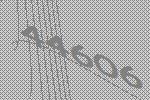
44606